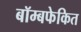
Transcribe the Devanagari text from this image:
बॉम्बफेकित